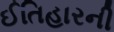
ઈતિહારની